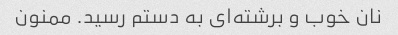
نان خوب و برشته‌ای به دستم رسید. ممنون